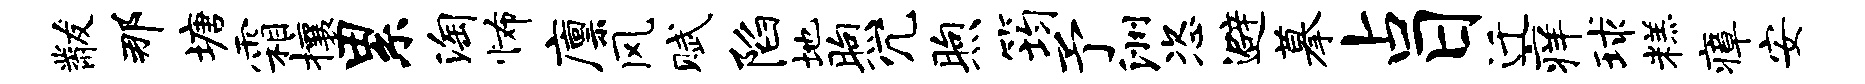
黻那塘霜攘累淘怖廪风赋陷地煦冗煦筠予洲恣避摹占日迁痒球糕瘴安